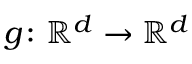
\boldsymbol { g } \colon \ensuremath { \mathbb { R } } ^ { d } \to \ensuremath { \mathbb { R } } ^ { d }